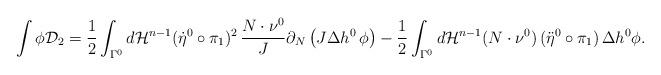
LaTeX: \begin{align*}\int \phi \mathcal D_2 =\frac 1 2 \int_{\Gamma^0} d\mathcal{H}^{n-1} (\dot \eta^0\circ \pi_1)^2 \, \frac{N\cdot\nu^0}{J} \partial_N\, \big(J \Delta h^0\, \phi \big) -\frac 1 2 \int_{\Gamma^0} d\mathcal{H}^{n-1} (N\cdot \nu^0)\,(\ddot\eta^0\circ\pi_1) \, \Delta h^0\phi.\end{align*}